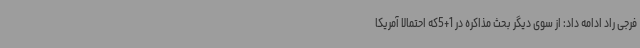
فرجی راد ادامه داد: از سوی دیگر بحث مذاکره در 1+5که احتمالا آمریکا